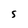
Character: S